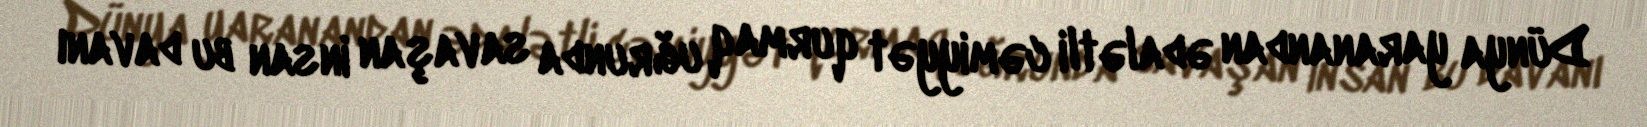
Dünya yaranandan ədalətli cəmiyyət qurmaq uğrunda savaşan insan bu davanı